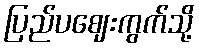
ပြည်ပဈေးကွက်သို့